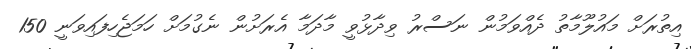
އިތުރަށް މައުލޫމާތު ދެއްވަމުން ނަސްރު ވިދާޅުވީ މާދަމާ އެރަށުން ނެގުމަށް ހަމަޖެހިފައިވަނީ 150